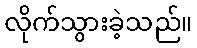
လိုက်သွားခဲ့သည်။